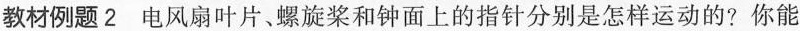
教材例题2电风扇叶片。螺旋桨和钟面上的指针分别是怎样运动的?你能